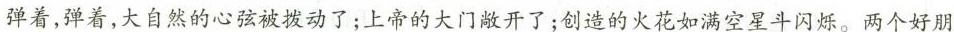
弹着，弹着，大自然的心弦被拨动了；上帝的大门敞开了；创造的火花如满空星斗闪烁。两个好朋